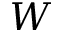
W